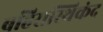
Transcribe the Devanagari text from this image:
बहिरास्थिकंद